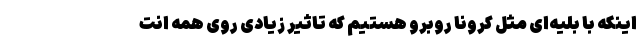
اینکه با بلیه‌ای مثل کرونا روبرو هستیم که تاثیر زیادی روی همه انت